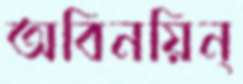
অবিনয়িন্